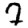
Digit: 7